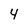
Character: 4